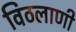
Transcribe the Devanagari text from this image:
विठलाणी